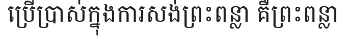
ប្រើប្រាស់ក្នុងការសង់ព្រះពន្លា គឺព្រះពន្លា